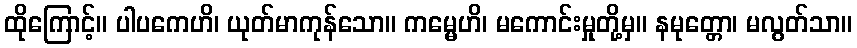
ထိုကြောင့်။ ပါပကေဟိ၊ ယုတ်မာကုန်သော။ ကမ္မေဟိ၊ မကောင်းမှုတို့မှ။ နမုတ္တော၊ မလွတ်သာ။